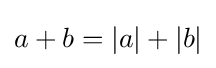
a+b=|a|+|b|